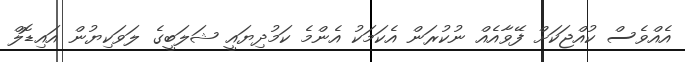
އެއްވެސް ކުއްޖަކަށް ފޭވާއެއް ނުކުރަން އެކަމަކު އެންމެ ކަމުދިޔައީ ޝަލަބީގެ ލަވަކިޔުން އައިޑޮލް